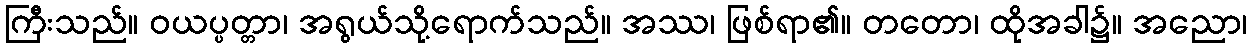
ကြီးသည်။ ဝယပ္ပတ္တာ၊ အရွယ်သို့ရောက်သည်။ အဿ၊ ဖြစ်ရာ၏။ တတော၊ ထိုအခါ၌။ အညော၊